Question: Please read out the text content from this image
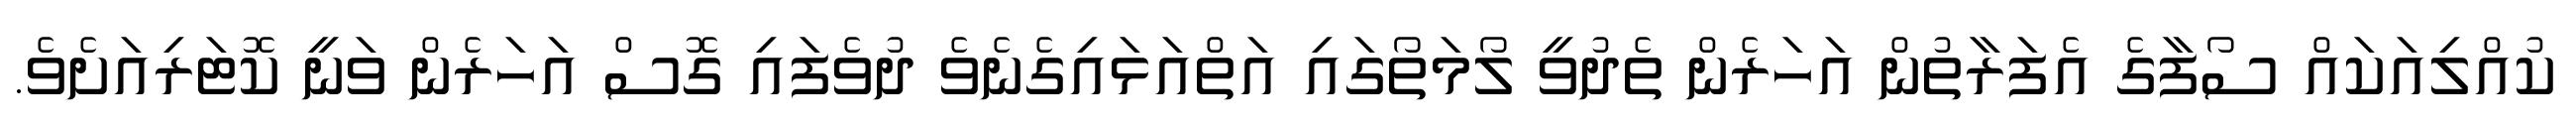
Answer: ކުއްލިއަކައް ސޯފާގެ އެފަރާތުން އަހަރެން ތެދުވީ ލޯމަތޯގައި އަތްއަޅައިގެނެވެ ދުވެފައި ގޮސް އަހަރެން ވަނީ ކޮޓަރިއަށެވެ.